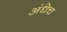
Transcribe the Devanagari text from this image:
अंधेच